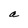
Character: a